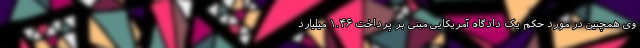
وی همچنین در مورد حکم یک دادگاه آمریکایی مبنی بر پرداخت ۱.۴۶ میلیارد